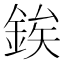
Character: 𨧚